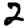
Digit: 2